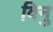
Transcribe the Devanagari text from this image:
विनु